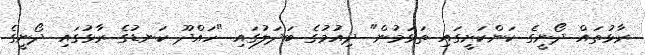
ރާޅުތައް ދޯނީގެ ކަންކަށީގައި ތަޅަމުން" ދިއުުމުގެ ބަދަލުގައި "ހައްދޫ ކަނޑުގެ ރާޅުގައި ދޯނީގެ